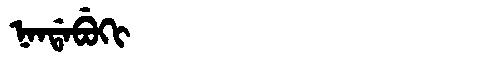
Manchu: ᠨᠠᠨᡩᠠᠪᡠᡴᡳ
Romanization: NANDABUKI